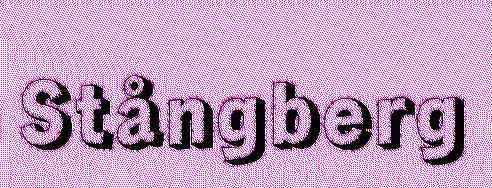
Stångberg